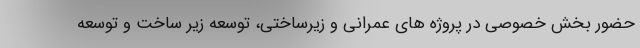
حضور بخش خصوصی در پروژه های عمرانی و زیرساختی، توسعه زیر ساخت و توسعه